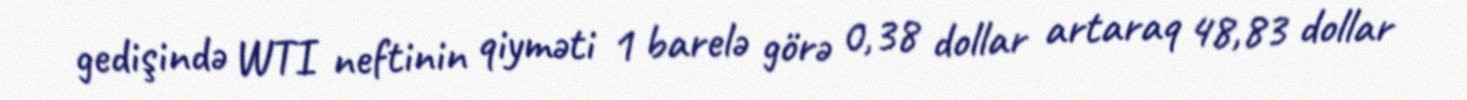
gedişində WTI neftinin qiyməti 1 barelə görə 0,38 dollar artaraq 48,83 dollar